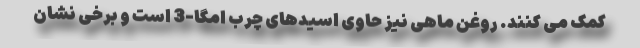
کمک می کنند. روغن ماهی نیز حاوی اسیدهای چرب امگا-3 است و برخی نشان